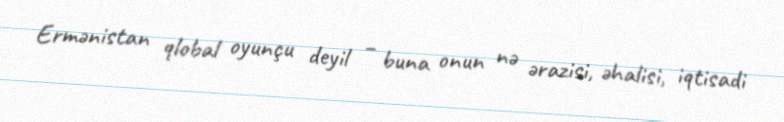
Ermənistan qlobal oyunçu deyil – buna onun nə ərazisi, əhalisi, iqtisadi